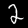
Digit: 2